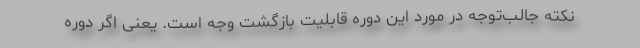
نکته جالب‌توجه در مورد این دوره قابلیت بازگشت وجه است. یعنی اگر دوره